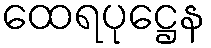
ထေရပုဋ္ဌေန